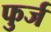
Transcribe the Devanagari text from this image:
फुर्ज